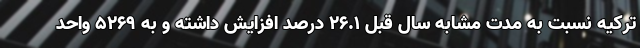
ترکیه نسبت به مدت مشابه سال قبل ۲۶.۱ درصد افزایش داشته و به ۵۲۶۹ واحد